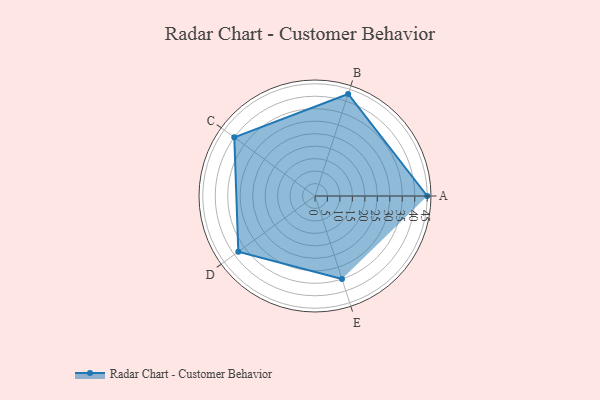
{"axis": {"x": "Skill", "y": "Score"}, "legend": ["Profile"], "data": [{"x": "A", "y": 45.0, "type": "Profile"}, {"x": "B", "y": 43.0, "type": "Profile"}, {"x": "C", "y": 40.0, "type": "Profile"}, {"x": "D", "y": 38.0, "type": "Profile"}, {"x": "E", "y": 35.0, "type": "Profile"}]}